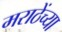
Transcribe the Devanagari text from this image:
मराठेंच्या